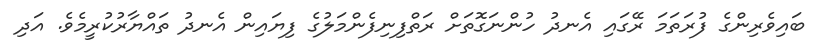
ބައިވެރިންގެ ފުރަތަމަ ރޭގައި އެނދު ހުންނަގޮތަށް ރަތްފިނިފެންމަލުގެ ފިޔައިން އެނދު ތައްޔާރުކުރީމެވެ. އަދި